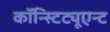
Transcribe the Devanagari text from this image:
कॉन्स्टिट्यूएन्ट